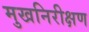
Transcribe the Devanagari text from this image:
मुखनिरीक्षण